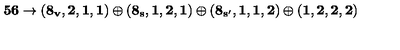
{ \bf 5 6 } \rightarrow { \bf ( 8 _ { v } , 2 , 1 , 1 ) \oplus ( 8 _ { s } , 1 , 2 , 1 ) \oplus ( 8 _ { s ^ { \prime } } , 1 , 1 , 2 ) } \oplus { \bf ( 1 , 2 , 2 , 2 ) }